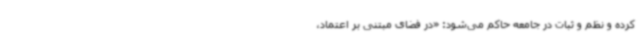
کرده و نظم و ثبات در جامعه حاکم می‌شود: «در فضای مبتنی بر اعتماد،